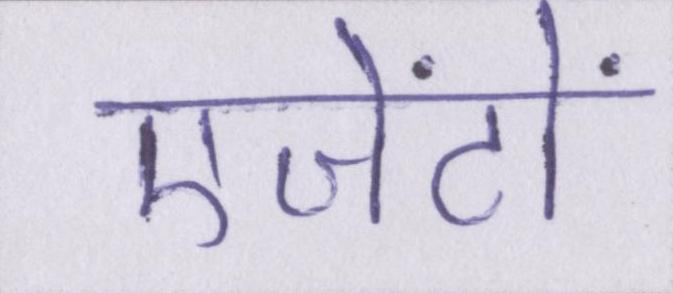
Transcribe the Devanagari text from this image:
एजेंटों